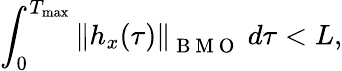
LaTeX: \displaystyle\int_{0}^{T_{\operatorname*{max}}}\left\| h_{x}(\tau)\right\| _{\mathrm{~B~M~O~}}\ d\tau<L,